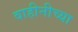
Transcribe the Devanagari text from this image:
वाहीनीच्या